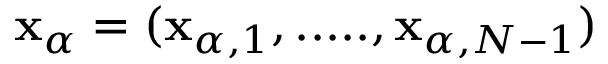
\mathbf { x } _ { \alpha } = ( \mathbf { x } _ { \alpha , 1 } , . . . . . , \mathbf { x } _ { \alpha , N - 1 } )